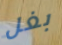
بغل